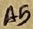
Text: A5